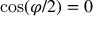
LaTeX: \cos ( \varphi / 2 ) = 0